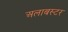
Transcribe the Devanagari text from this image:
अलाबस्टर